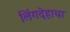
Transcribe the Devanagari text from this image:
लिंगदेहाचा